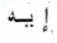
إيه